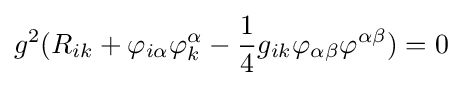
g^{2}(R_{ik}+\varphi _{i\alpha }\varphi _{k}^{\alpha }-{\frac {1}{4}}g_{ik}\varphi _{\alpha \beta }\varphi ^{\alpha \beta })=0